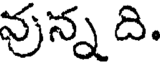
వున్న ది.